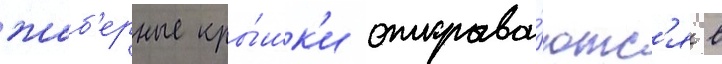
жаб'ерные кры́шк'и открыва́ютс'я в